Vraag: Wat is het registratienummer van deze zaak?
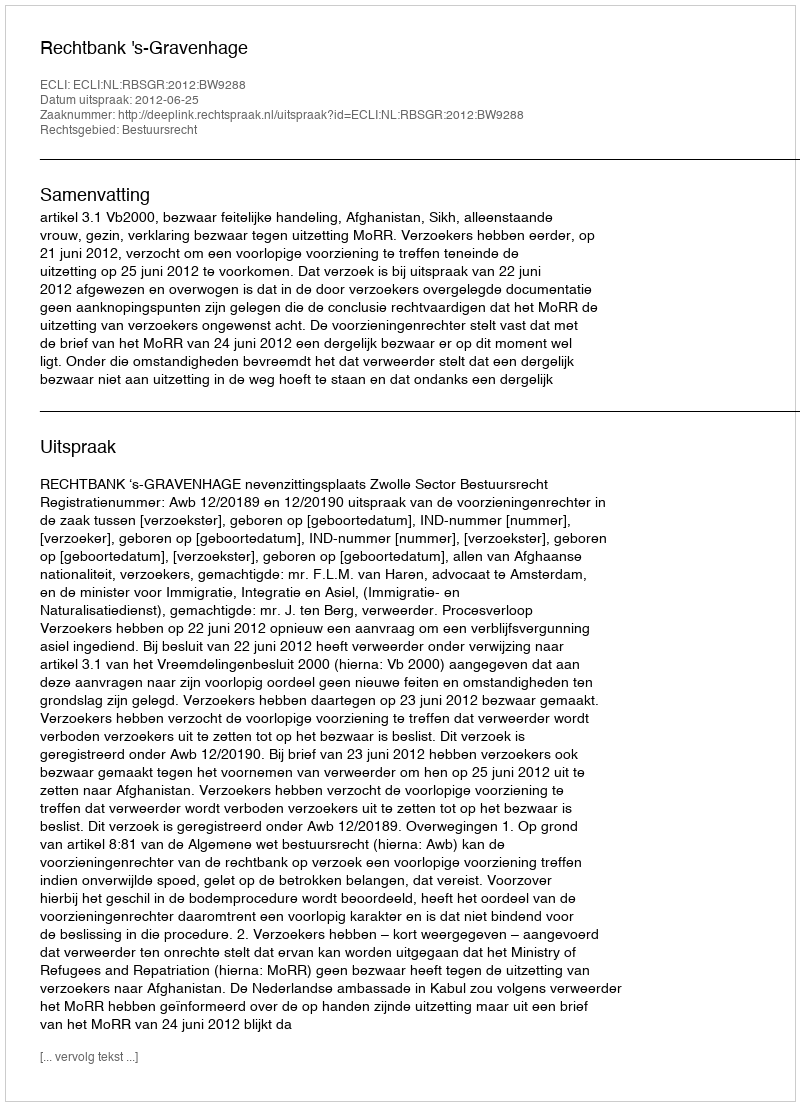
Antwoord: http://deeplink.rechtspraak.nl/uitspraak?id=ECLI:NL:RBSGR:2012:BW9288